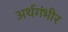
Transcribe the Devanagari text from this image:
अर्थगंभीर